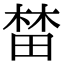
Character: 榃